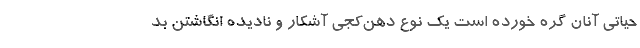
حیاتی آنان گره خورده است یک نوع دهن‌کجی آشکار و نادیده انگاشتن بد